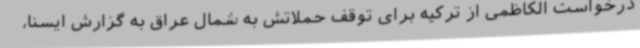
درخواست الکاظمی از ترکیه برای توقف حملاتش به شمال عراق به گزارش ایسنا،